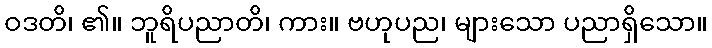
ဝဒတိ၊ ၏။ ဘူရိပညာတိ၊ ကား။ ဗဟုပည၊ များသော ပညာရှိသော။